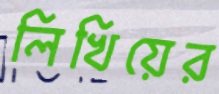
লিখিয়ের